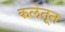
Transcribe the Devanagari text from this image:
कलेतून